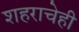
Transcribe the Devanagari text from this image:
शहराचेही